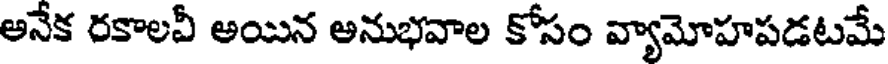
అనేక రకాలవీ అయిన అనుభవాల కోసం వ్యామోహపడటమే